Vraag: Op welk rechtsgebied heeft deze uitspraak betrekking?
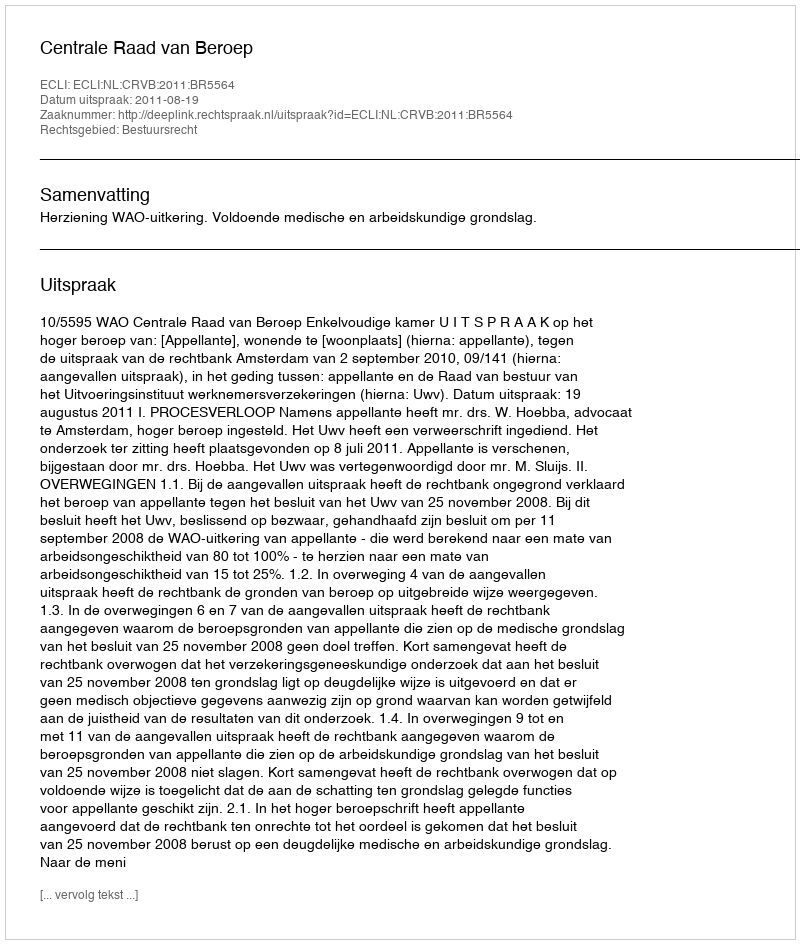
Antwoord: Bestuursrecht